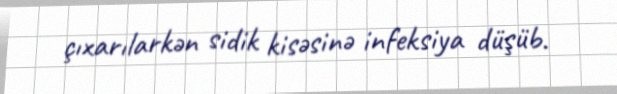
çıxarılarkən sidik kisəsinə infeksiya düşüb.